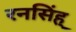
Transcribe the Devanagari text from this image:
रनसिंह्